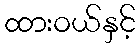
ထားဝယ်နှင့်